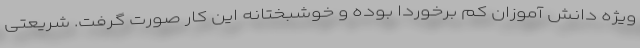
ویژه دانش آموزان کم برخوردا بوده و خوشبختانه این کار صورت گرفت. شریعتی